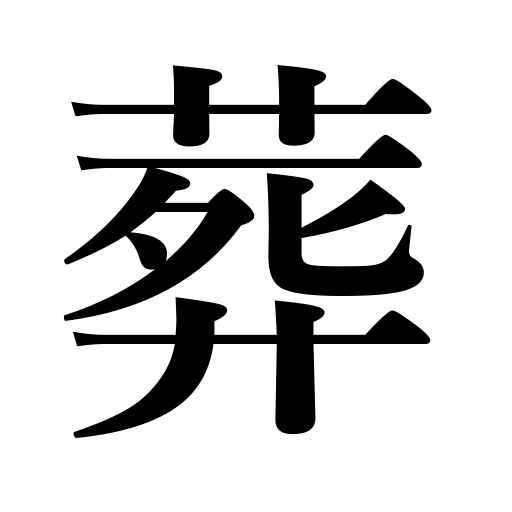
Meanings: shelve,bury